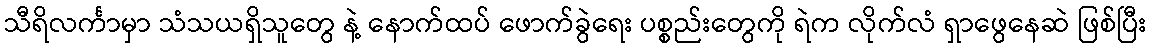
သီရိလင်္ကာမှာ သံသယရှိသူတွေ နဲ့ နောက်ထပ် ဖောက်ခွဲရေး ပစ္စည်းတွေကို ရဲက လိုက်လံ ရှာဖွေနေဆဲ ဖြစ်ပြီး